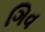
ગિવ